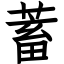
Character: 蓄